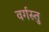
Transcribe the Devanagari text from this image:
वर्गस्तु